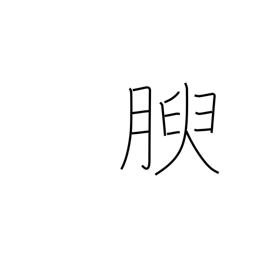
Meaning: growing fat